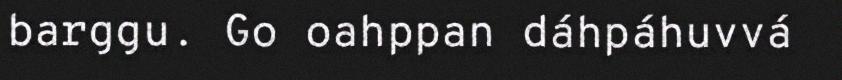
barggu. Go oahppan dáhpáhuvvá